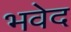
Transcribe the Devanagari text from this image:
भवेद